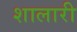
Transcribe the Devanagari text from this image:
शालारी